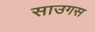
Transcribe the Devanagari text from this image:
साउगस